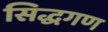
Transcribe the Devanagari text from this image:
सिद्धगण